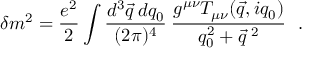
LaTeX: \delta m ^ { 2 } = { \frac { e ^ { 2 } } { 2 } } \int { \frac { d ^ { 3 } \vec { q } \: d q _ { 0 } } { ( 2 \pi ) ^ { 4 } } } \: { \frac { g ^ { \mu \nu } T _ { \mu \nu } ( \vec { q } , i q _ { 0 } ) } { q _ { 0 } ^ { 2 } + { \vec { q } } ^ { \; 2 } } } \ \ .